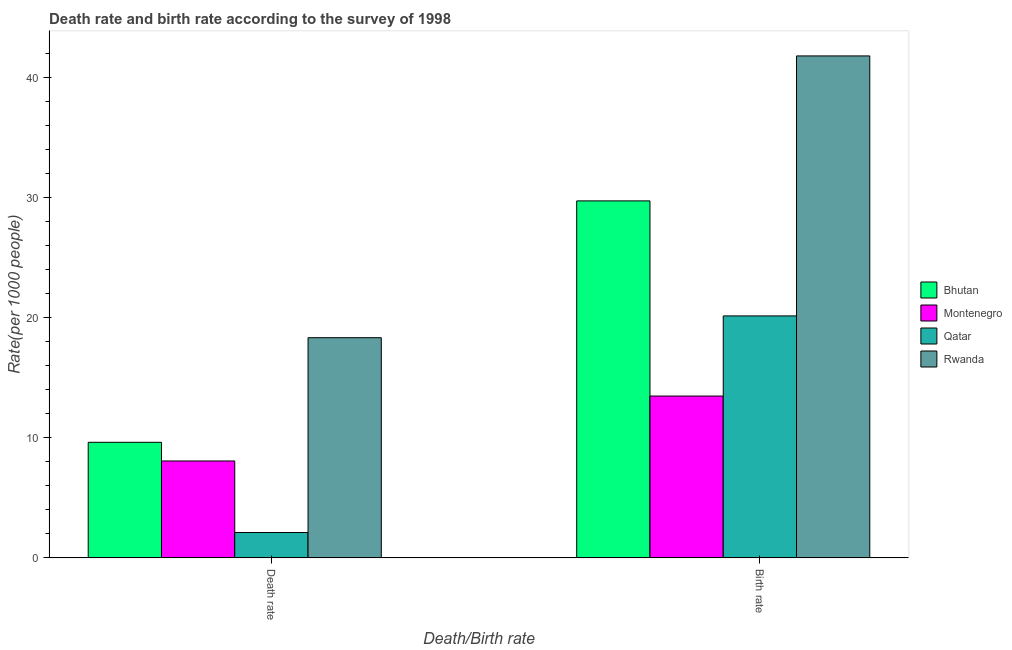
| Death/Birth rate | Bhutan | Montenegro | Qatar | Rwanda |
 | --- | --- | --- | --- | --- |
 | Death rate | 9.62 | 8.07 | 2.11 | 18.3 |
 | Birth rate | 29.7 | 13.5 | 20.1 | 41.8 |